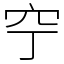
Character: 䆑